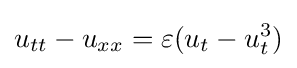
\displaystyle u_{tt}-u_{xx}=\varepsilon (u_{t}-u_{t}^{3})